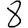
Digit: 8